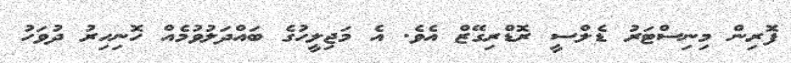
ފޮރިން މިނިސްޓަރު ޑެލްސީ ރޮޑްރިގޭޒް އެވެ. އެ މަޖިލީހުގެ ބައްދަލުވުމެއް ހޮނިހިރު ދުވަހު